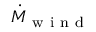
\dot { M } _ { \mathrm { ~ w ~ i ~ n ~ d ~ } }